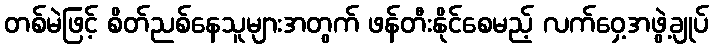
တစ်မဲဖြင့် စိတ်ညစ်နေသူများအတွက် ဖန်တီးနိုင်စေမည့် လက်ဝှေ့အဖွဲ့ချုပ်